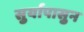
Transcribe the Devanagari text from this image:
सुर्यापासुन